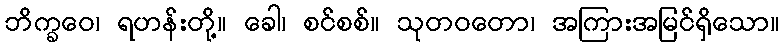
ဘိက္ခဝေ၊ ရဟန်းတို့။ ခေါ၊ စင်စစ်။ သုတဝတော၊ အကြားအမြင်ရှိသော။